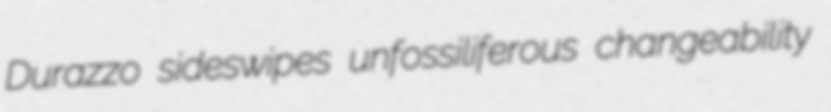
Durazzo sideswipes unfossiliferous changeability